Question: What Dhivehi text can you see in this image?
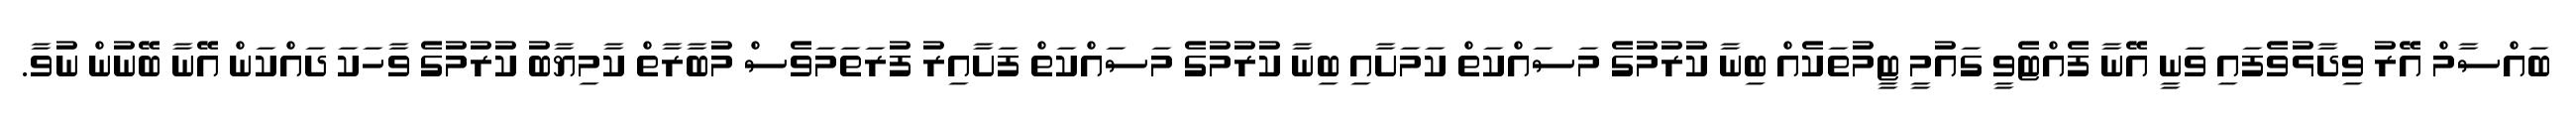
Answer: ބައްސާމް އޭރު ވިދާޅުވެފައި ވަނީ އޭނާ ފެއްޓެވީ ގައުމީ ޓީމުތަކެއް ބިނާ ކުރުމުގެ މަސައްކަތް ކަމަށާއި ބިނާ ކުރުމުގެ މަސައްކަތް ފަށާއިރު ފުރަތަމަވެސް މުބާރާތް ކާމިޔާބު ކުރުމުގެ ވާހަކަ ދައްކަން އޭނާ ބޭނުން ނުވާ.